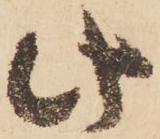
此